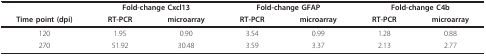
<table><thead><tr><td></td><td colspan="2"><b>Fold-change Cxcl13</b></td><td colspan="2"><b>Fold-change GFAP</b></td><td colspan="2"><b>Fold-change C4b</b></td></tr><tr><td><b>Time point (dpi)</b></td><td><b>RT-PCR</b></td><td><b>microarray</b></td><td><b>RT-PCR</b></td><td><b>microarray</b></td><td><b>RT-PCR</b></td><td><b>microarray</b></td></tr></thead><tbody><tr><td>120</td><td>1.95</td><td>0.90</td><td>3.54</td><td>0.99</td><td>1.28</td><td>0.88</td></tr><tr><td>270</td><td>51.92</td><td>30.48</td><td>3.59</td><td>3.37</td><td>2.13</td><td>2.77</td></tr></tbody></table>